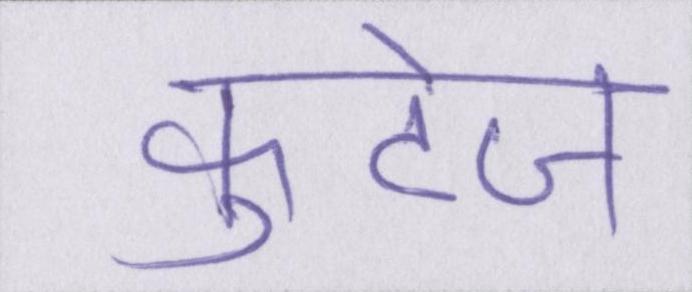
फुटेज